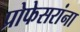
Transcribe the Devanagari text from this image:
प्रोफेसरांना